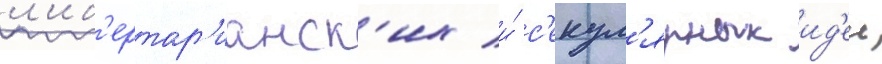
л'иб'ертар'ианск'их и́ с'екул'ярных ид'еи